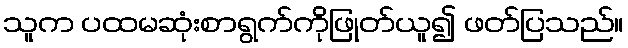
သူက ပထမဆုံးစာရွက်ကိုဖြုတ်ယူ၍ ဖတ်ပြသည်။